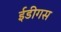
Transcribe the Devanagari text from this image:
ईडीगस